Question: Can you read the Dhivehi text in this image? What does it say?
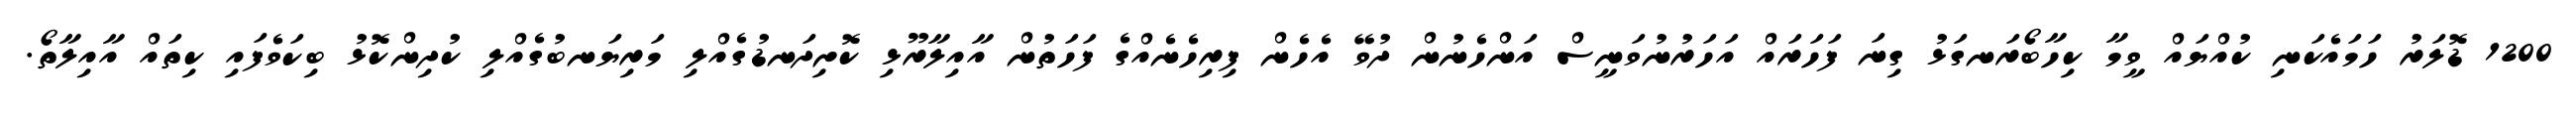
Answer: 1200 ޑޮލަރު ހަމައެކަނި ކުއްޔައް ވީމާ ކިހާބޯރަނގަޅު ގިނަ ފަހަރައް އަހަރުނުވަނީސް އަންހެނުން ދުވޭ އެހެން ފިރިހެނެއްގެ ފަހަތުން އާއިލާރޫޅި ކޮށިދަނޑުގެއްލި މަރިޔަނބުގެއްލި ކުދިންކޮޅު ބިކަވެފައި ކިތައް އާއިލާތޯ.